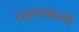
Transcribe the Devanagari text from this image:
रक्षणाखाली